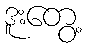
ဒူးတွေ့